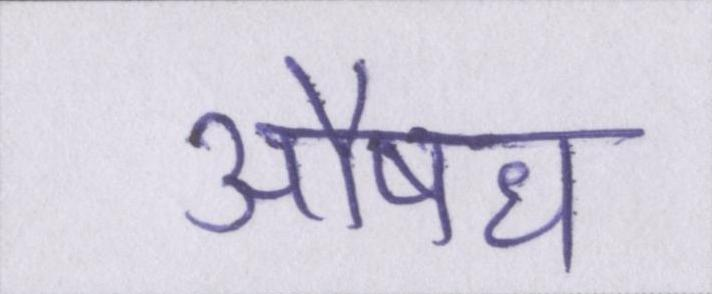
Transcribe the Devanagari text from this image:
औषध